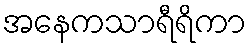
အနေကသာရီရိကာ